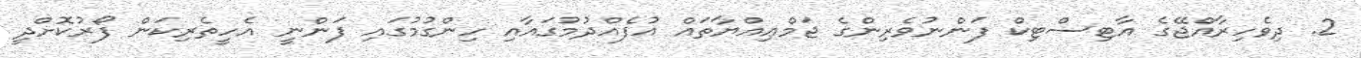
2. ދިވެހިރާއްޖޭގެ އާޓިސްޓިކް ފަންނުވެރިންގެ ޖަމްޢިއްޔާތައް އުފެއްދުމުގައާއި ހިންގުމުގައި ފަންނީ އެހީތެރިކަން ފޯރުކޮށްދީ